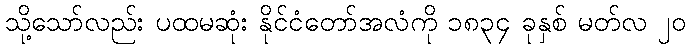
သို့သော်လည်း ပထမဆုံး နိုင်ငံတော်အလံကို ၁၈၃၄ ခုနှစ် မတ်လ ၂၀